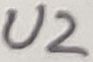
Text: U2